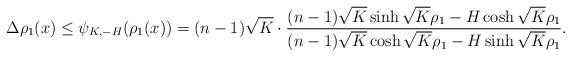
LaTeX: \begin{align*}\Delta \rho_1(x) \leq \psi_{K,-H} (\rho_1(x))= (n-1)\sqrt K\cdot\frac{(n-1)\sqrt K\sinh\sqrt K\rho_1 -H\cosh\sqrt K\rho_1}{(n-1)\sqrt K\cosh\sqrt K\rho_1 -H\sinh\sqrt K\rho_1}.\end{align*}